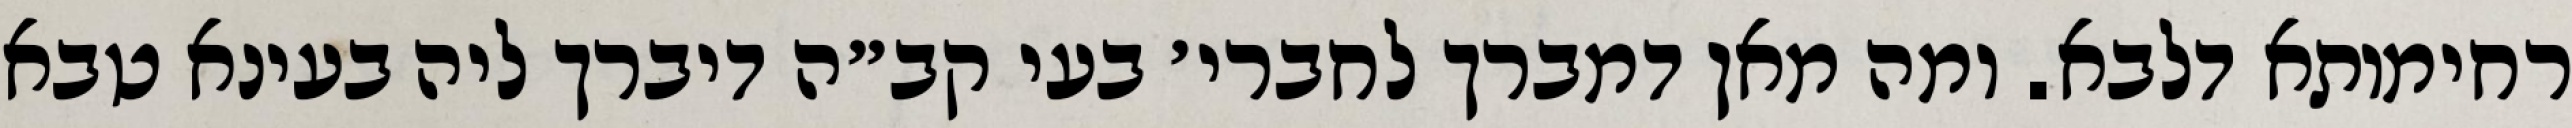
רחימותא דלבא. ומה מאן דמברך לחברי׳ בעי קב״ה דיברך ליה בעינא טבא